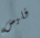
فليس